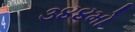
૩૪૪મો